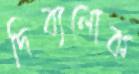
দিব্যলোক